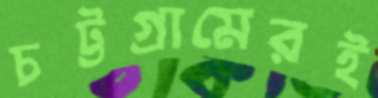
চট্টগ্রামেরই